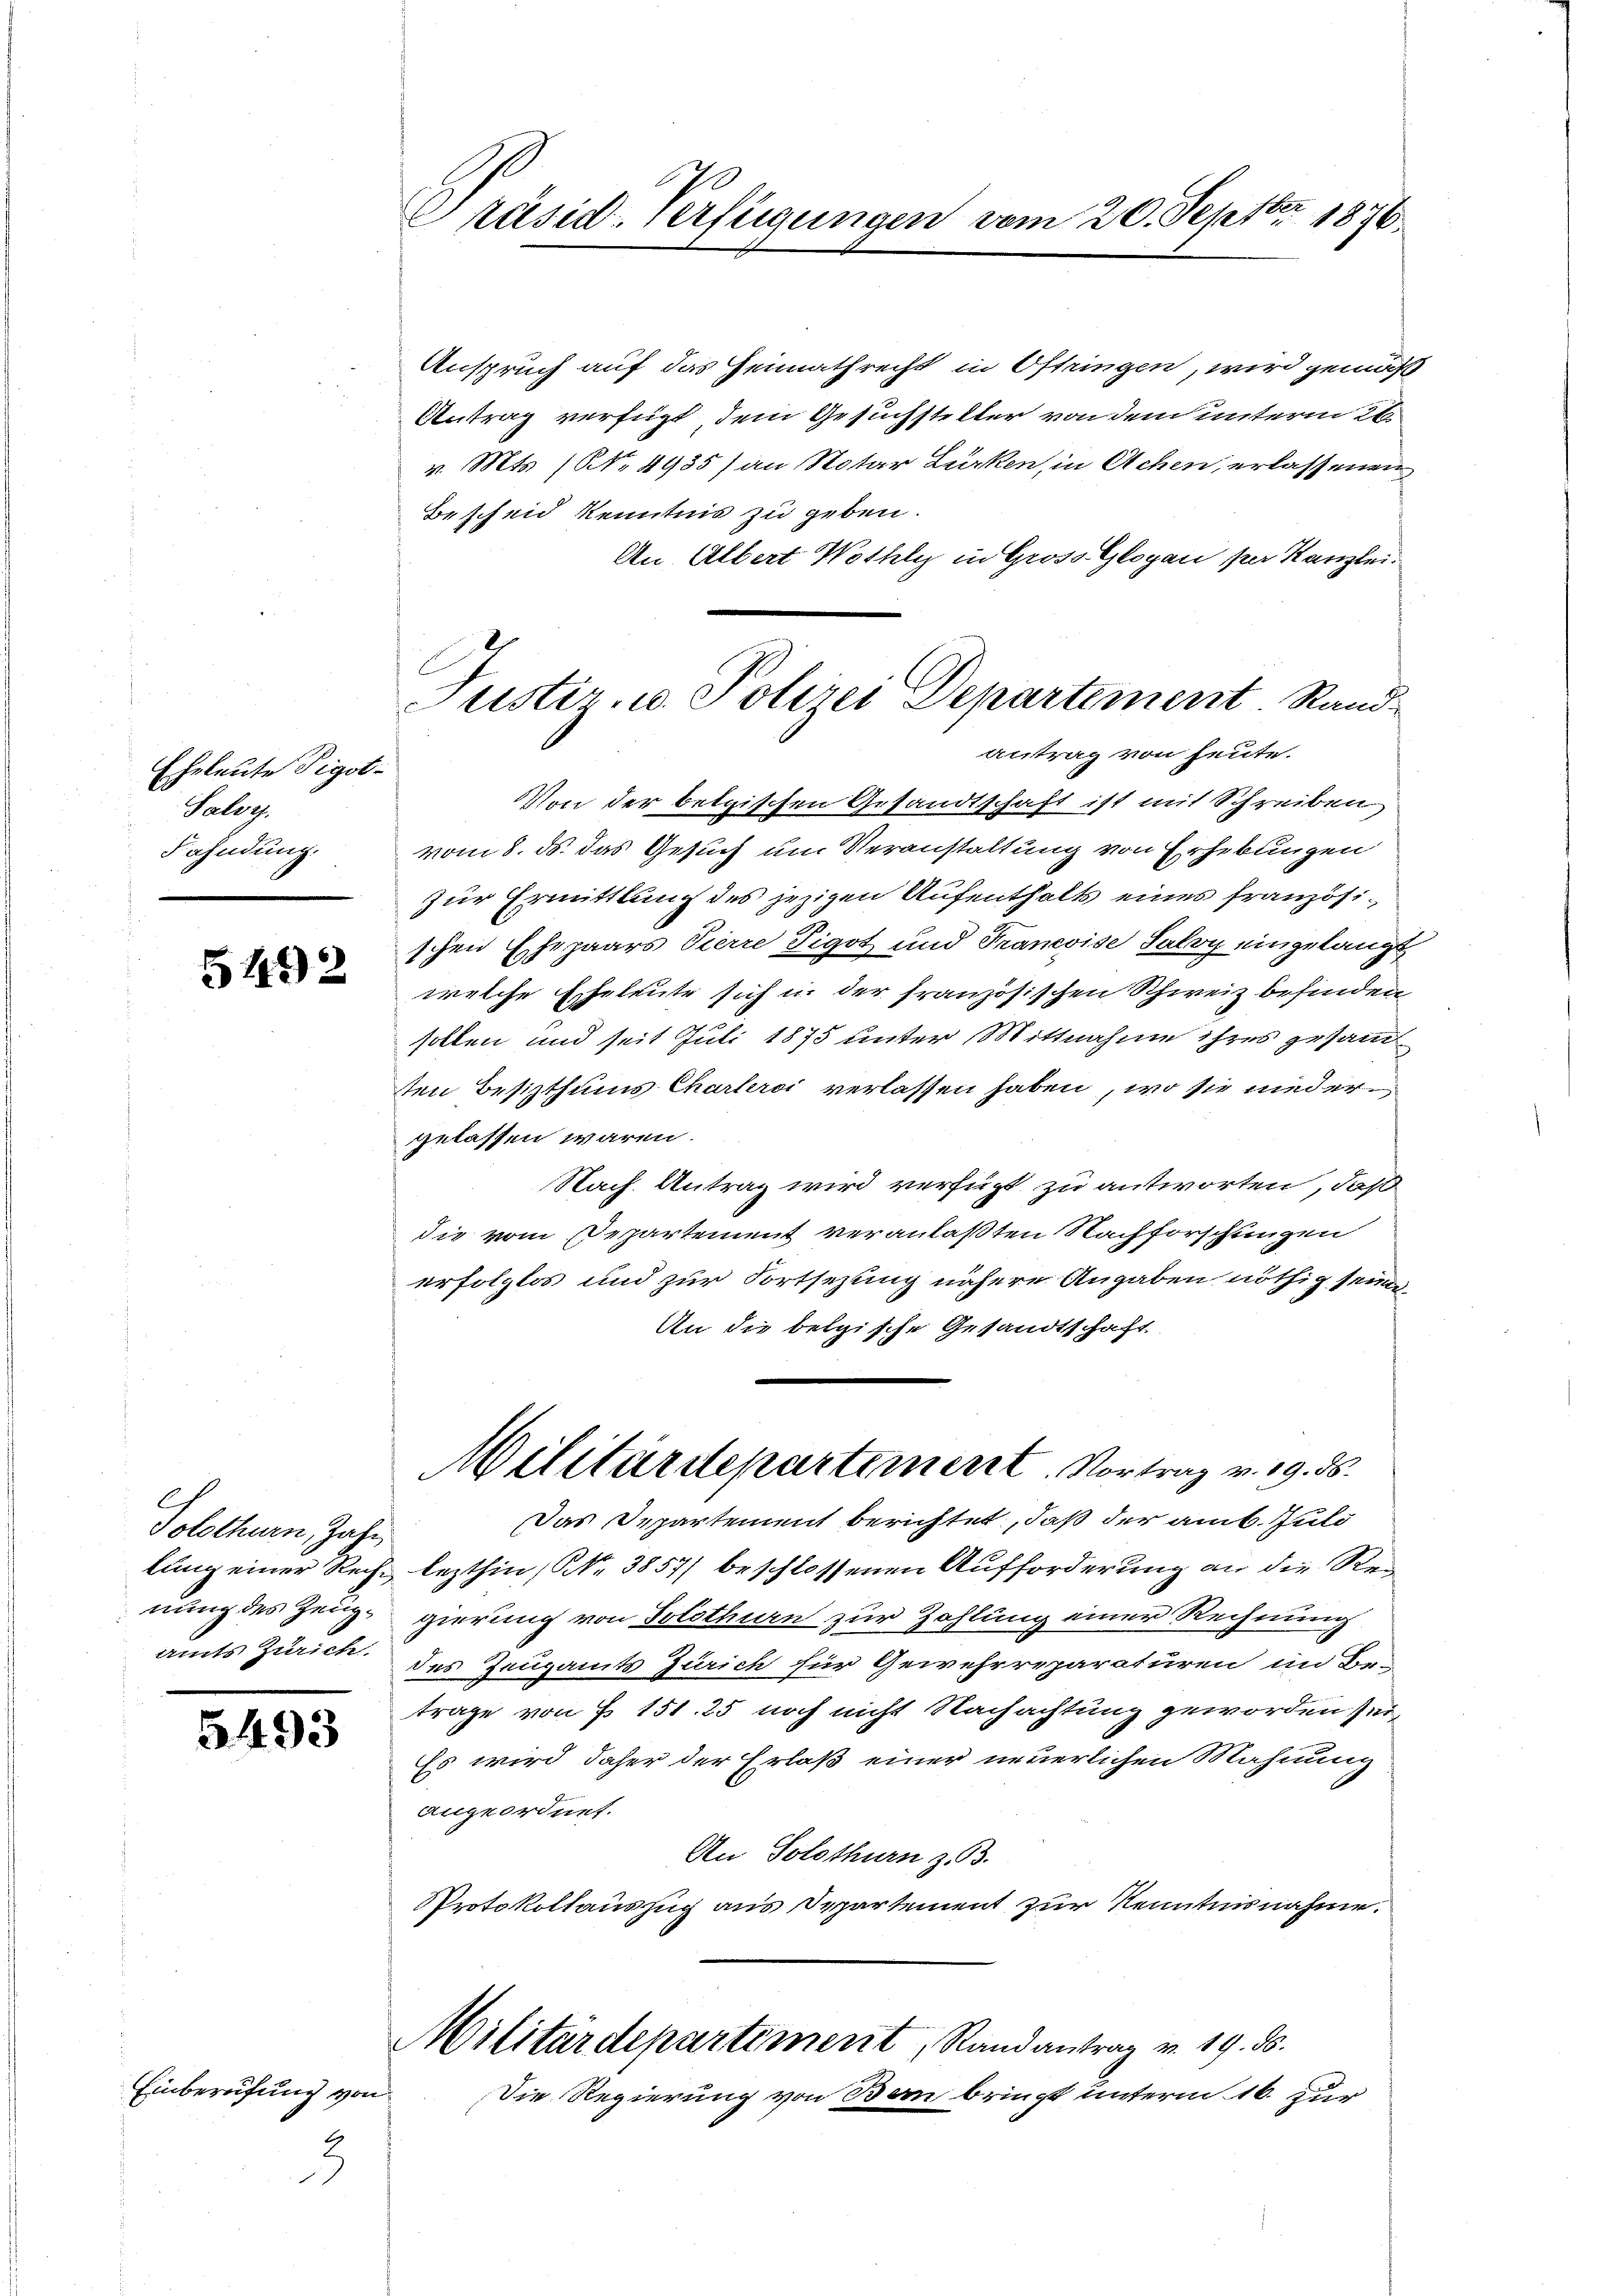
Eheleute Vigot-
Saloy.
Fahndung.

5492

Solothurn, Zahr

5493

Einberufung von

2
2

e
Präsid. Verfügungen vom 20. Septbr. 1876.

Anspruch auf das Heimathrecht in Oftringen, wird gemäß
Antrag verfügt, dem Gesuchsteller von dem unterm 26.
v. Mts. (NNo. 4955) an Notar Lürken, in Achen, erlassenen
Bescheid kenntnis zu geben.
An Albert Wothly in Gross Glogan per Kanzlei.
Von der belgischen Gesandtschaft ist mit Schreiben
vom 8. ds. das Gesuch um Veranstaltung von Erhebungen
zur Ermittlung des jezigen Aufenthalts eines französischen Ehepaars Pierre Tigot und Francoise Saloy eingelangt
welche Eheleute sich u. der französischen Schweiz befinden
sollen und seit Juli 1875 unter Mittnahme ihres gesammt
tten Besitzthums Charteroi verlassen haben, wo sie niedergelassen wären.
Nach Antrag wird verfügt zu antworten, daß
die vom Departement veranlaßten Nachforschungen
erfolglos und zur Fortsezung nähere Angaben nöthig seine
An die belgische Gesandtschaft
Militärdepartement. Vortrag v. 19. ds.
Das Departement berichtet, daß der amt. Juli
lung einer Recht lezthin (S. 3857) beschlossenen Aufforderung an die Renung des Zeug- gierung von Solothurn zur Zahlung einer Rechnung
amts Zürich. des Zeugamts Zürich für Gewehrreparaturen im Be-
trage von § 151. 25 noch nicht Nachachtung geworden sei.
Es wird daher der Erlaß einer neuerlichen Mahnung
angeordnet.
An Solothurn z. B.
PProtokollauszug aus Departement zur Kenntnisnahme.
Militärdepartement, Randantrag v. 19. ds.
Die Regierung von Bern bringt unterm 16. Zur

Justiz- u. Polizei Departement. Rand-
antrag von heute.